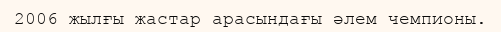
2006 жылғы жастар арасындағы әлем чемпионы.